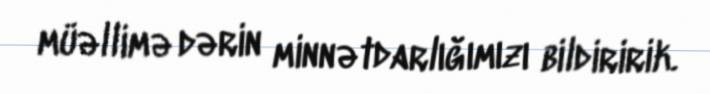
müəllimə dərin minnətdarlığımızı bildiririk.